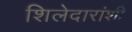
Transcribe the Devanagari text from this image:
शिलेदारांशी